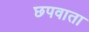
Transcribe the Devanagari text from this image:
छपवाता